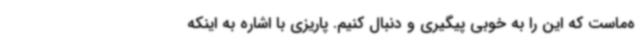
ه‌ماست که این را به خوبی پیگیری و دنبال کنیم. پاریزی با اشاره به اینکه